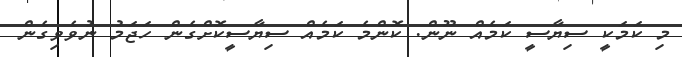
މި ކަމަކީ ސިޔާސީ ކަމެއް ނޫން. ކޮންމެ ކަމެއް ސިޔާސީކޮށްގެން ހަޖަމު ނުވެވިގެން